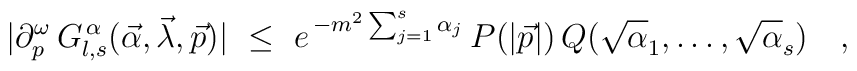
\vert\partial_{p}^{\omega}\,G^{\,\alpha}_{l,s}(\vec\alpha,\vec\lambda,\vec p)\vert\ \leq\ e^{\,-m^{2}\sum_{j=1}^{s}\alpha_{j}}\,P(\vert\vec p\vert)\,Q(\sqrt\alpha_{1},\ldots,\sqrt\alpha_{s})\quad,